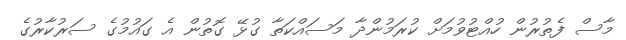
މާސް ފެތުރުން ހުއްޓުވުމަށް ކުރަމުންދާ މަސައްކަތާ ގުޅޭ ގޮތުން އެ ގައުމުގެ ސަރުކާރުގެ